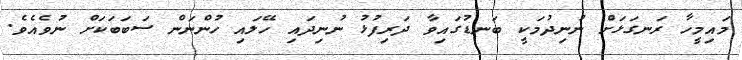
މައިމީހާ ރަނގަޅަށް ނުނިދުމަކީ ބަނޑުގައިވާ ދަރިފުޅު ނުނިދައި ހޭލައި ހުންނަން ސަބަބަކަށް ނުވެއެވެ.